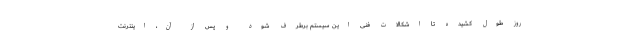
روز طول کشیده تا اشکالات فنی این سیستم برطرف شود و پس از آن، اینترنت